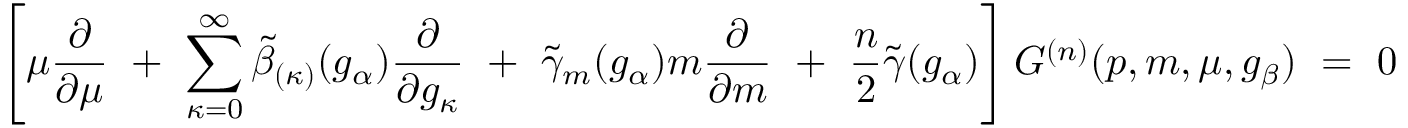
\left[ \mu \frac { \partial } { \partial \mu } ~ + ~ \sum _ { \kappa = 0 } ^ { \infty } \tilde { \beta } _ { ( \kappa ) } ( g _ { \alpha } ) \frac { \partial } { \partial g _ { \kappa } } ~ + ~ \tilde { \gamma } _ { m } ( g _ { \alpha } ) m \frac { \partial } { \partial m } ~ + ~ \frac { n } { 2 } \tilde { \gamma } ( g _ { \alpha } ) \right] G ^ { ( n ) } ( p , m , \mu , g _ { \beta } ) ~ = ~ 0